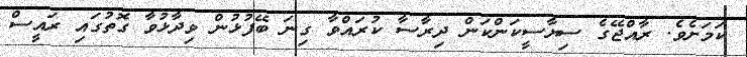
ކަމަށެވެ. ރާއްޖޭގެ ސިޔާސީކަންކަން ދިރާސާ ކުރައްވާ ގިނަ ބޭފުޅުން ވިދާޅުވާ ގޮތުގައި ރައީސް